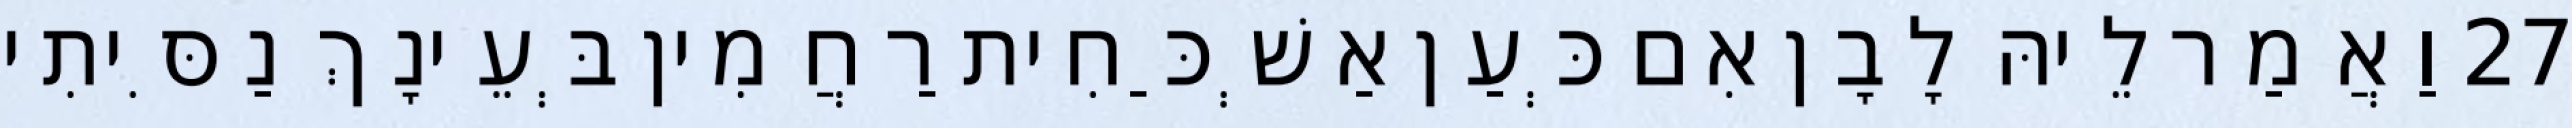
27 וַאֲמַר לֵיהּ לָבָן אִם כְּעַן אַשְׁכַּחִית רַחֲמִין בְּעֵינָךְ נַסִּיתִי